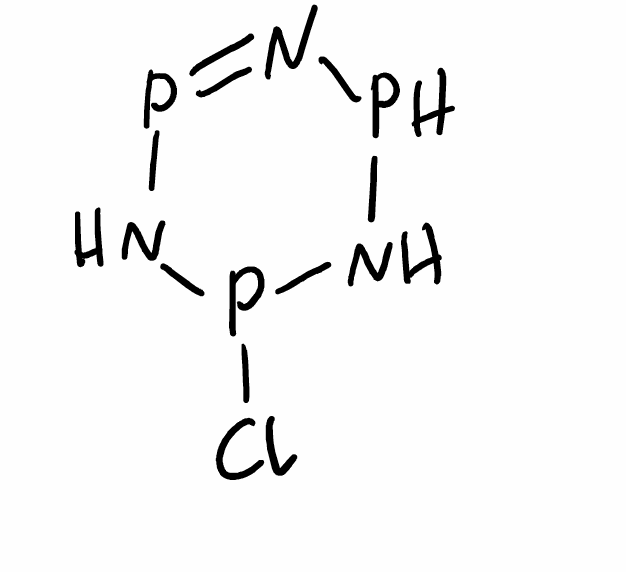
Simplified molecular-input line-entry system (SMILES) notation of the given molecule:
N1PN=PNP1Cl